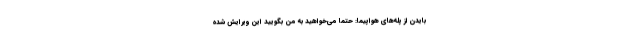
بایدن از پله‌های هواپیما: حتما می‌خواهید به من بگویید این ویرایش شده